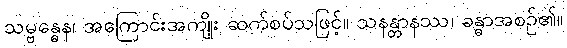
သမ္ဗန္ဓေန၊ အကြောင်းအကျိုး ဆက်စပ်သဖြင့်။ သနန္တာနဿ၊ ခန္ဓာအစဉ်၏။